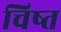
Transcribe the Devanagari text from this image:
चिष्त